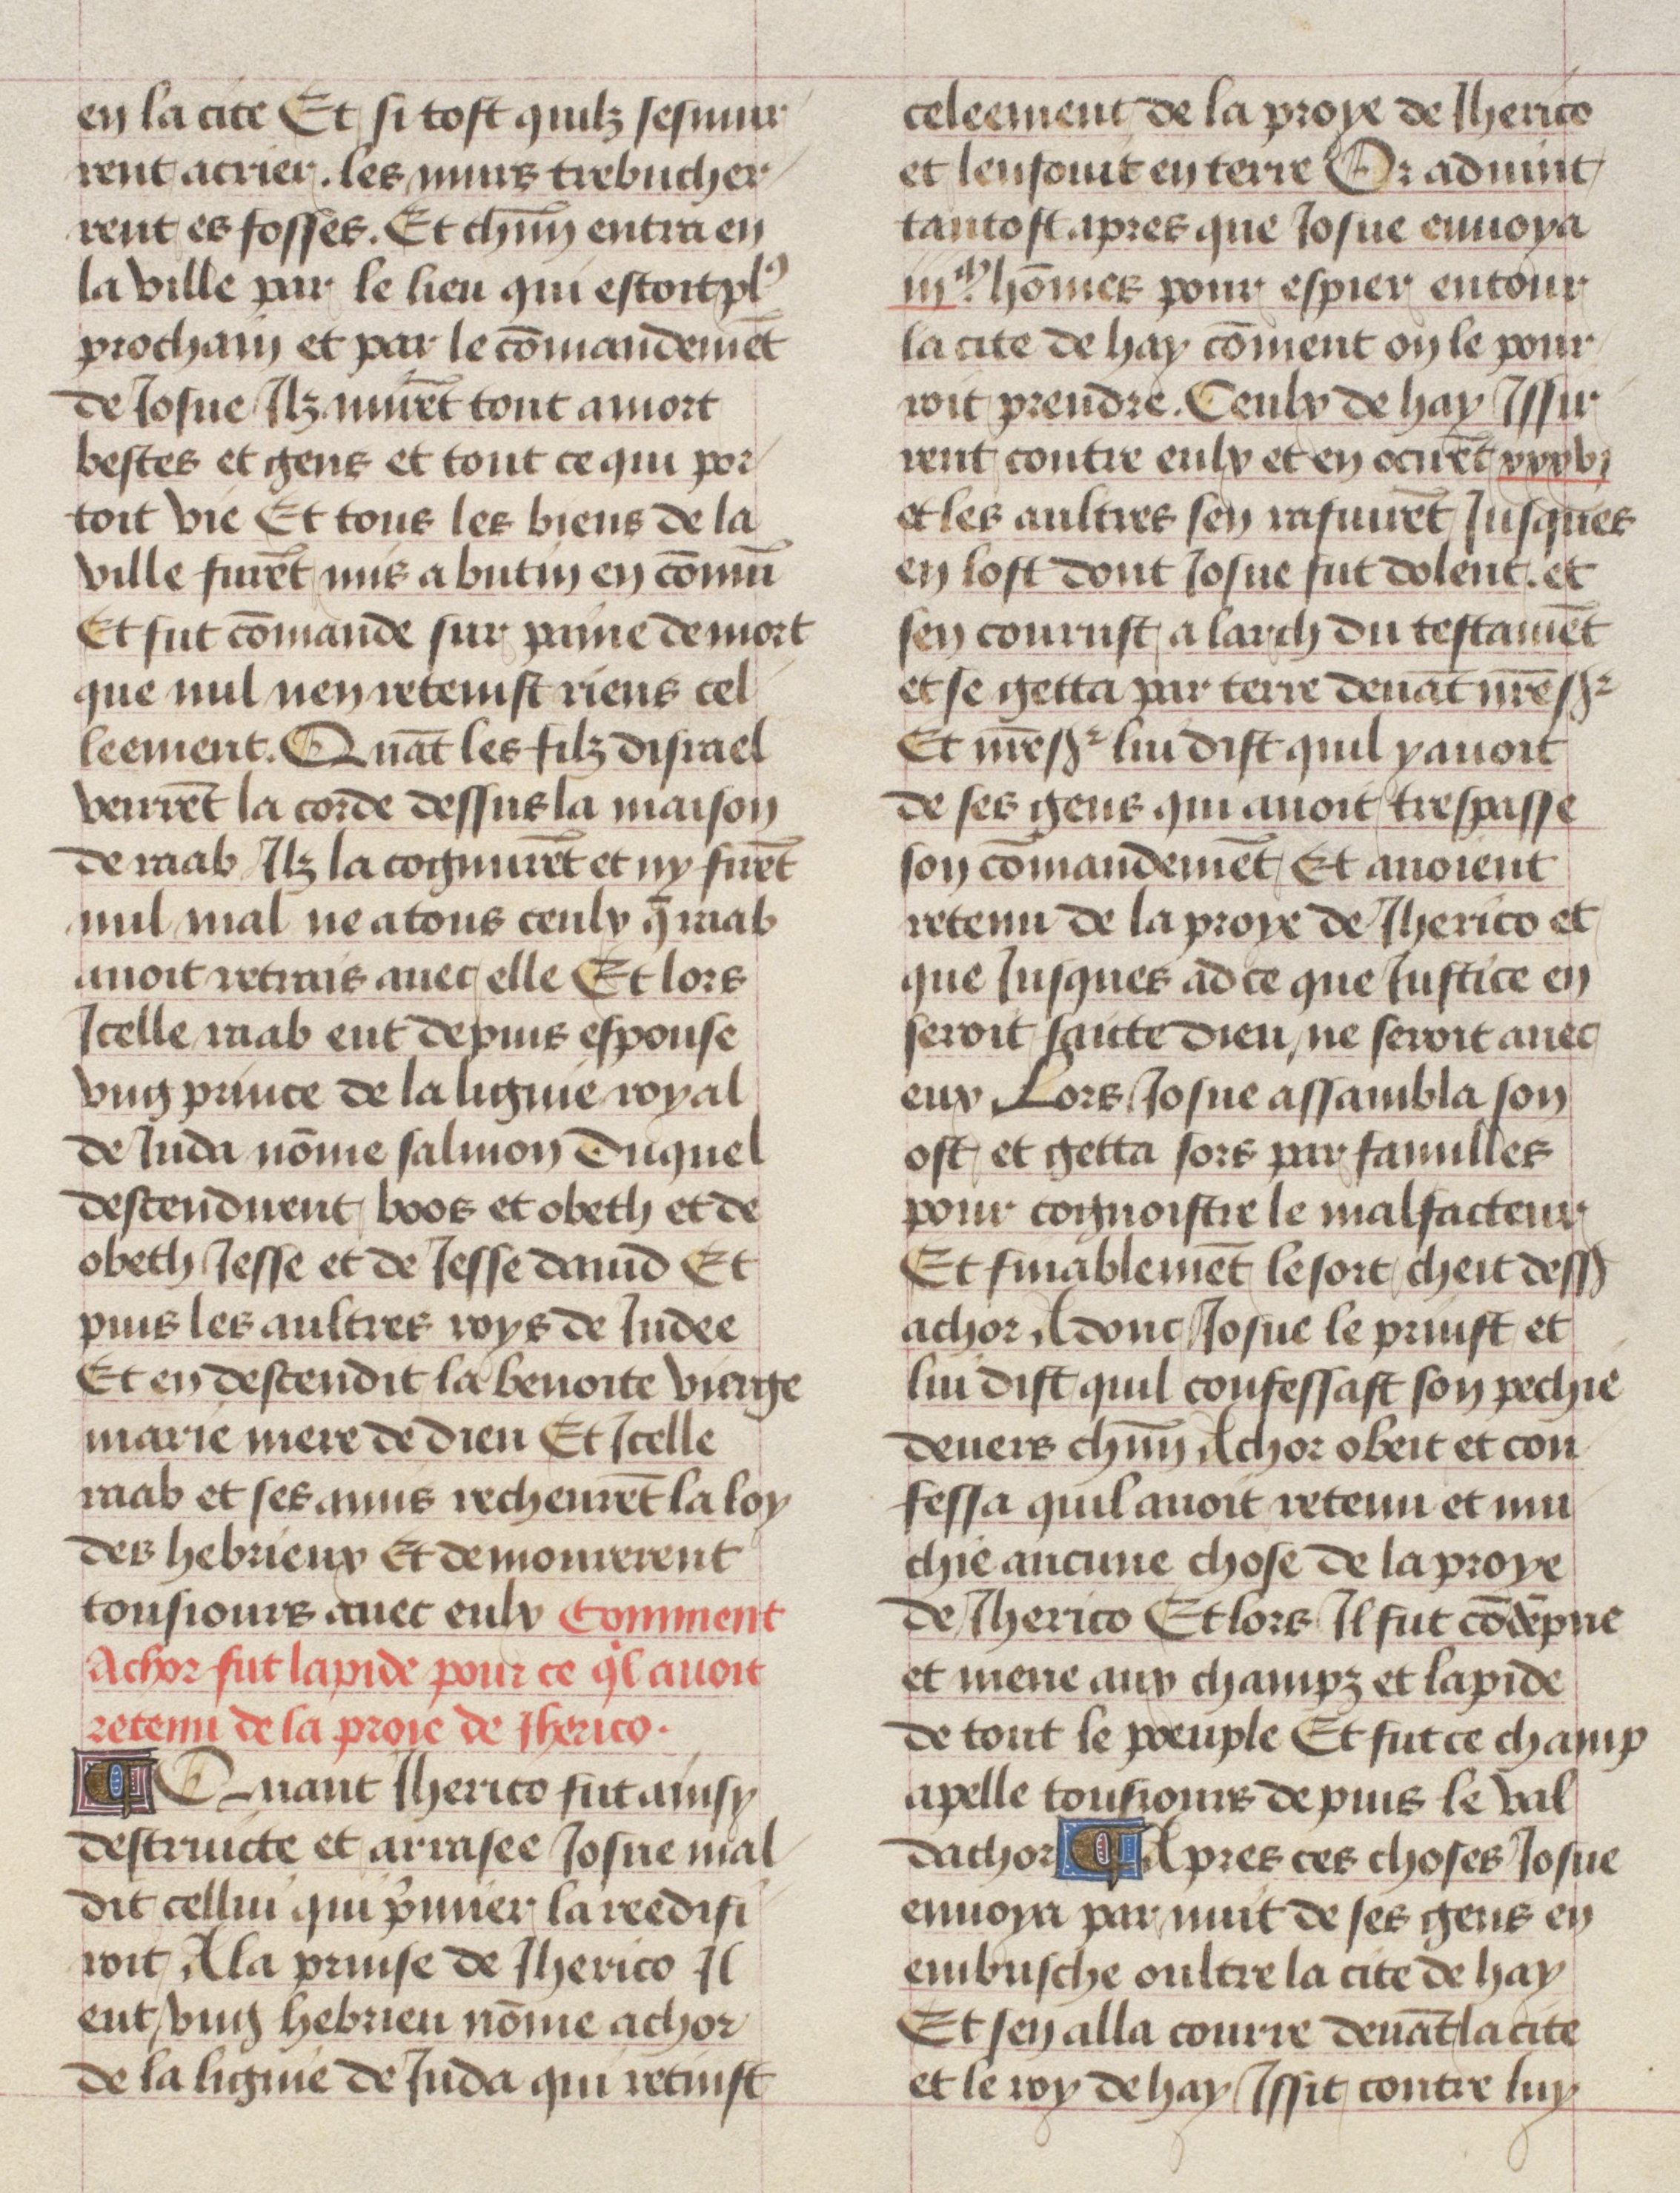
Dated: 1475–1485